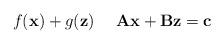
LaTeX: \begin{align*} \ \ f(\mathbf{x}) + g(\mathbf{z}) \ \ \ \ \mathbf{Ax}+ \mathbf{Bz} = \mathbf{c}\end{align*}